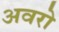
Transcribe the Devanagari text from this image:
अवरो